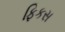
ફિકસ